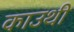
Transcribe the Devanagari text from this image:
काउथी